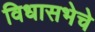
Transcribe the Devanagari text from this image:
विधासभेचे